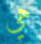
هي